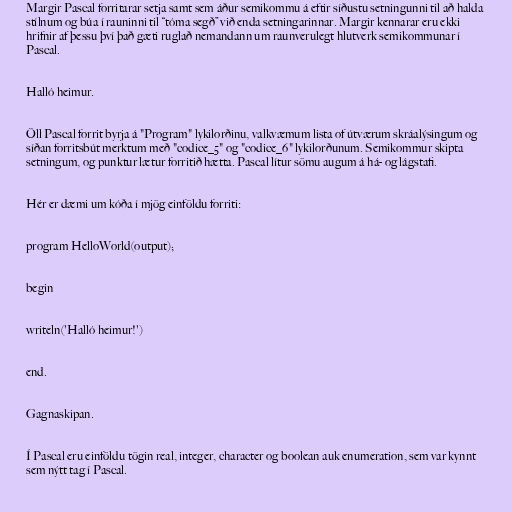
Margir Pascal forritarar setja samt sem áður semikommu á eftir síðustu setningunni til að halda
stílnum og búa í rauninni til “tóma segð” við enda setningarinnar. Margir kennarar eru ekki
hrifnir af þessu því það gæti ruglað nemandann um raunverulegt hlutverk semikommunar í
Pascal.

Halló heimur.

Öll Pascal forrit byrja á "Program" lykilorðinu, valkvæmum lista of útværum skráalýsingum og
síðan forritsbút merktum með "codice_5" og "codice_6" lykilorðunum. Semikommur skipta
setningum, og punktur lætur forritið hætta. Pascal lítur sömu augum á há- og lágstafi.

Hér er dæmi um kóða í mjög einföldu forriti:

program HelloWorld(output);

begin

writeln('Halló heimur!')

end.

Gagnaskipan.

Í Pascal eru einföldu tögin real, integer, character og boolean auk enumeration, sem var kynnt
sem nýtt tag í Pascal.